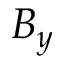
B _ { y }